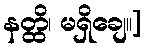
နတ္ထိ၊ မရှိချေ။]